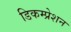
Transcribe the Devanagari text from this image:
डिकम्प्रेशन